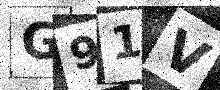
Text: G91V